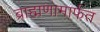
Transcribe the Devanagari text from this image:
ब्राह्मणामार्फत